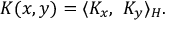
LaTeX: K ( x , y ) = \langle K _ { x } , \ K _ { y } \rangle _ { H } .